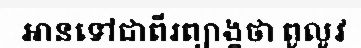
អានទៅជាពីរព្យាង្គថា ពូលូវ